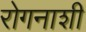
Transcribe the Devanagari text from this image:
रोगनाशी